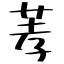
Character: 䓔